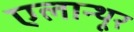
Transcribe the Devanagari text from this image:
एलान्थूर